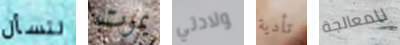
لتسأل يموت ولادتي تأدية للمعالجة